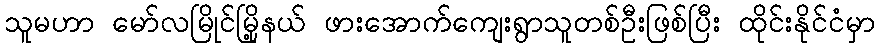
သူမဟာ မော်လမြိုင်မြို့နယ် ဖားအောက်ကျေးရွာသူတစ်ဦးဖြစ်ပြီး ထိုင်းနိုင်ငံမှာ